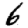
Digit: 6